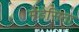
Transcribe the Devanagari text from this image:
मेडेसिना